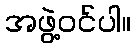
အဖွဲ့ဝင်ပါ။